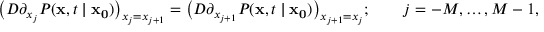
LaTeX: { \big ( } D \partial _ { x _ { j } } P ( \mathbf { x } , t \mid \mathbf { x _ { 0 } } ) { \big ) } _ { x _ { j } = x _ { j + 1 } } = { \big ( } D \partial _ { x _ { j + 1 } } P ( \mathbf { x } , t \mid \mathbf { x _ { 0 } } ) { \big ) } _ { x _ { j + 1 } = x _ { j } } ; \qquad j = - M , \ldots , M - 1 ,